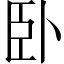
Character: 卧